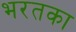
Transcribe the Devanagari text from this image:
भरतका